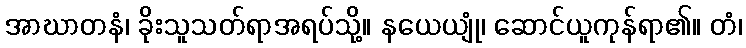
အာဃာတနံ၊ ခိုးသူသတ်ရာအရပ်သို့။ နယေယျုံ၊ ဆောင်ယူကုန်ရာ၏။ တံ၊